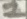
Text: 1